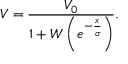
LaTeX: V = { \frac { V _ { 0 } } { 1 + W \left( e ^ { - { \frac { x } { \sigma } } } \right) } } .